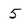
Character: 5